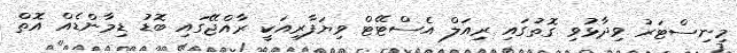
މިނިސްޓަރު ވިދާޅުވި ގޮތުގައި ރިއަލް އެސްޓޭޓް ވިޔަފާރިއަކީ ރާއްޖޭގައި ބޮޑު ޑިމާންޑެއް އޮތް